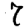
Digit: 7